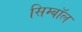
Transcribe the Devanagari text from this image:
सिम्बॉल